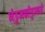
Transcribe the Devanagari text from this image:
नेडुमकोट्टाकडे